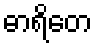
ဓာရိတေ